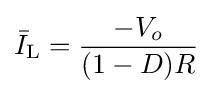
{\bar {I}}_{\text{L}}={\frac {-V_{o}}{(1-D)R}}